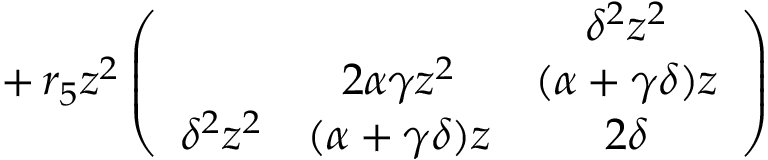
\qquad \, + \, r _ { 5 } z ^ { 2 } \left( \begin{array} { c c c } { { } } & { { } } & { { \delta ^ { 2 } z ^ { 2 } } } \\ { { } } & { { 2 \alpha \gamma z ^ { 2 } } } & { { ( \alpha + \gamma \delta ) z } } \\ { { \delta ^ { 2 } z ^ { 2 } } } & { { ( \alpha + \gamma \delta ) z } } & { { 2 \delta } } \end{array} \right)